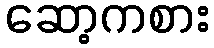
ဆော့ကစား